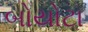
બોયોટા